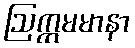
ဩက္ကမမာနာ